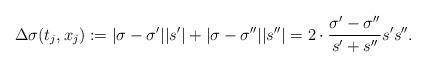
LaTeX: \begin{align*}\Delta \sigma(t_j,x_j) := |\sigma - \sigma'||s'| + |\sigma - \sigma''||s''| = 2 \cdot \frac{\sigma' - \sigma''}{s'+s''}s's''.\end{align*}